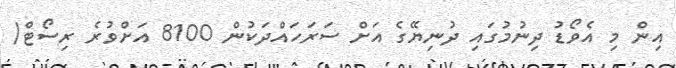
އިން މި އެވޯޑު ދިނުމުގައި ދުނިޔޭގެ އަށް ސަރަހައްދަކުން 8100 އަށްވުރެ ރިސޯޓް/